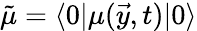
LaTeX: \tilde{\mu}=\langle 0|\mu(\vec{y},t)|0\rangle